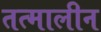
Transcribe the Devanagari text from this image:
तत्मालीन